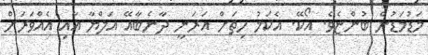
މަޑުމަޑުން ބުންޏެވެ. އޯކޭ. އެކަމު ހިތަށް އަރަނީ ދާނެބާއޭ އަލްޔާ އާއި އެއްވަރަށް